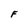
Character: F